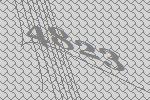
4823